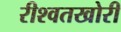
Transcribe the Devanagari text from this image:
रीश्वतखोरी